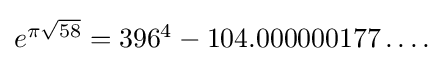
{\textstyle e^{\pi {\sqrt {58}}}=396^{4}-104.000000177\dots .}